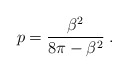
\begin{align*}p=\displaystyle\frac{\beta ^{2}}{8\pi -\beta ^{2}}\: .\end{align*}